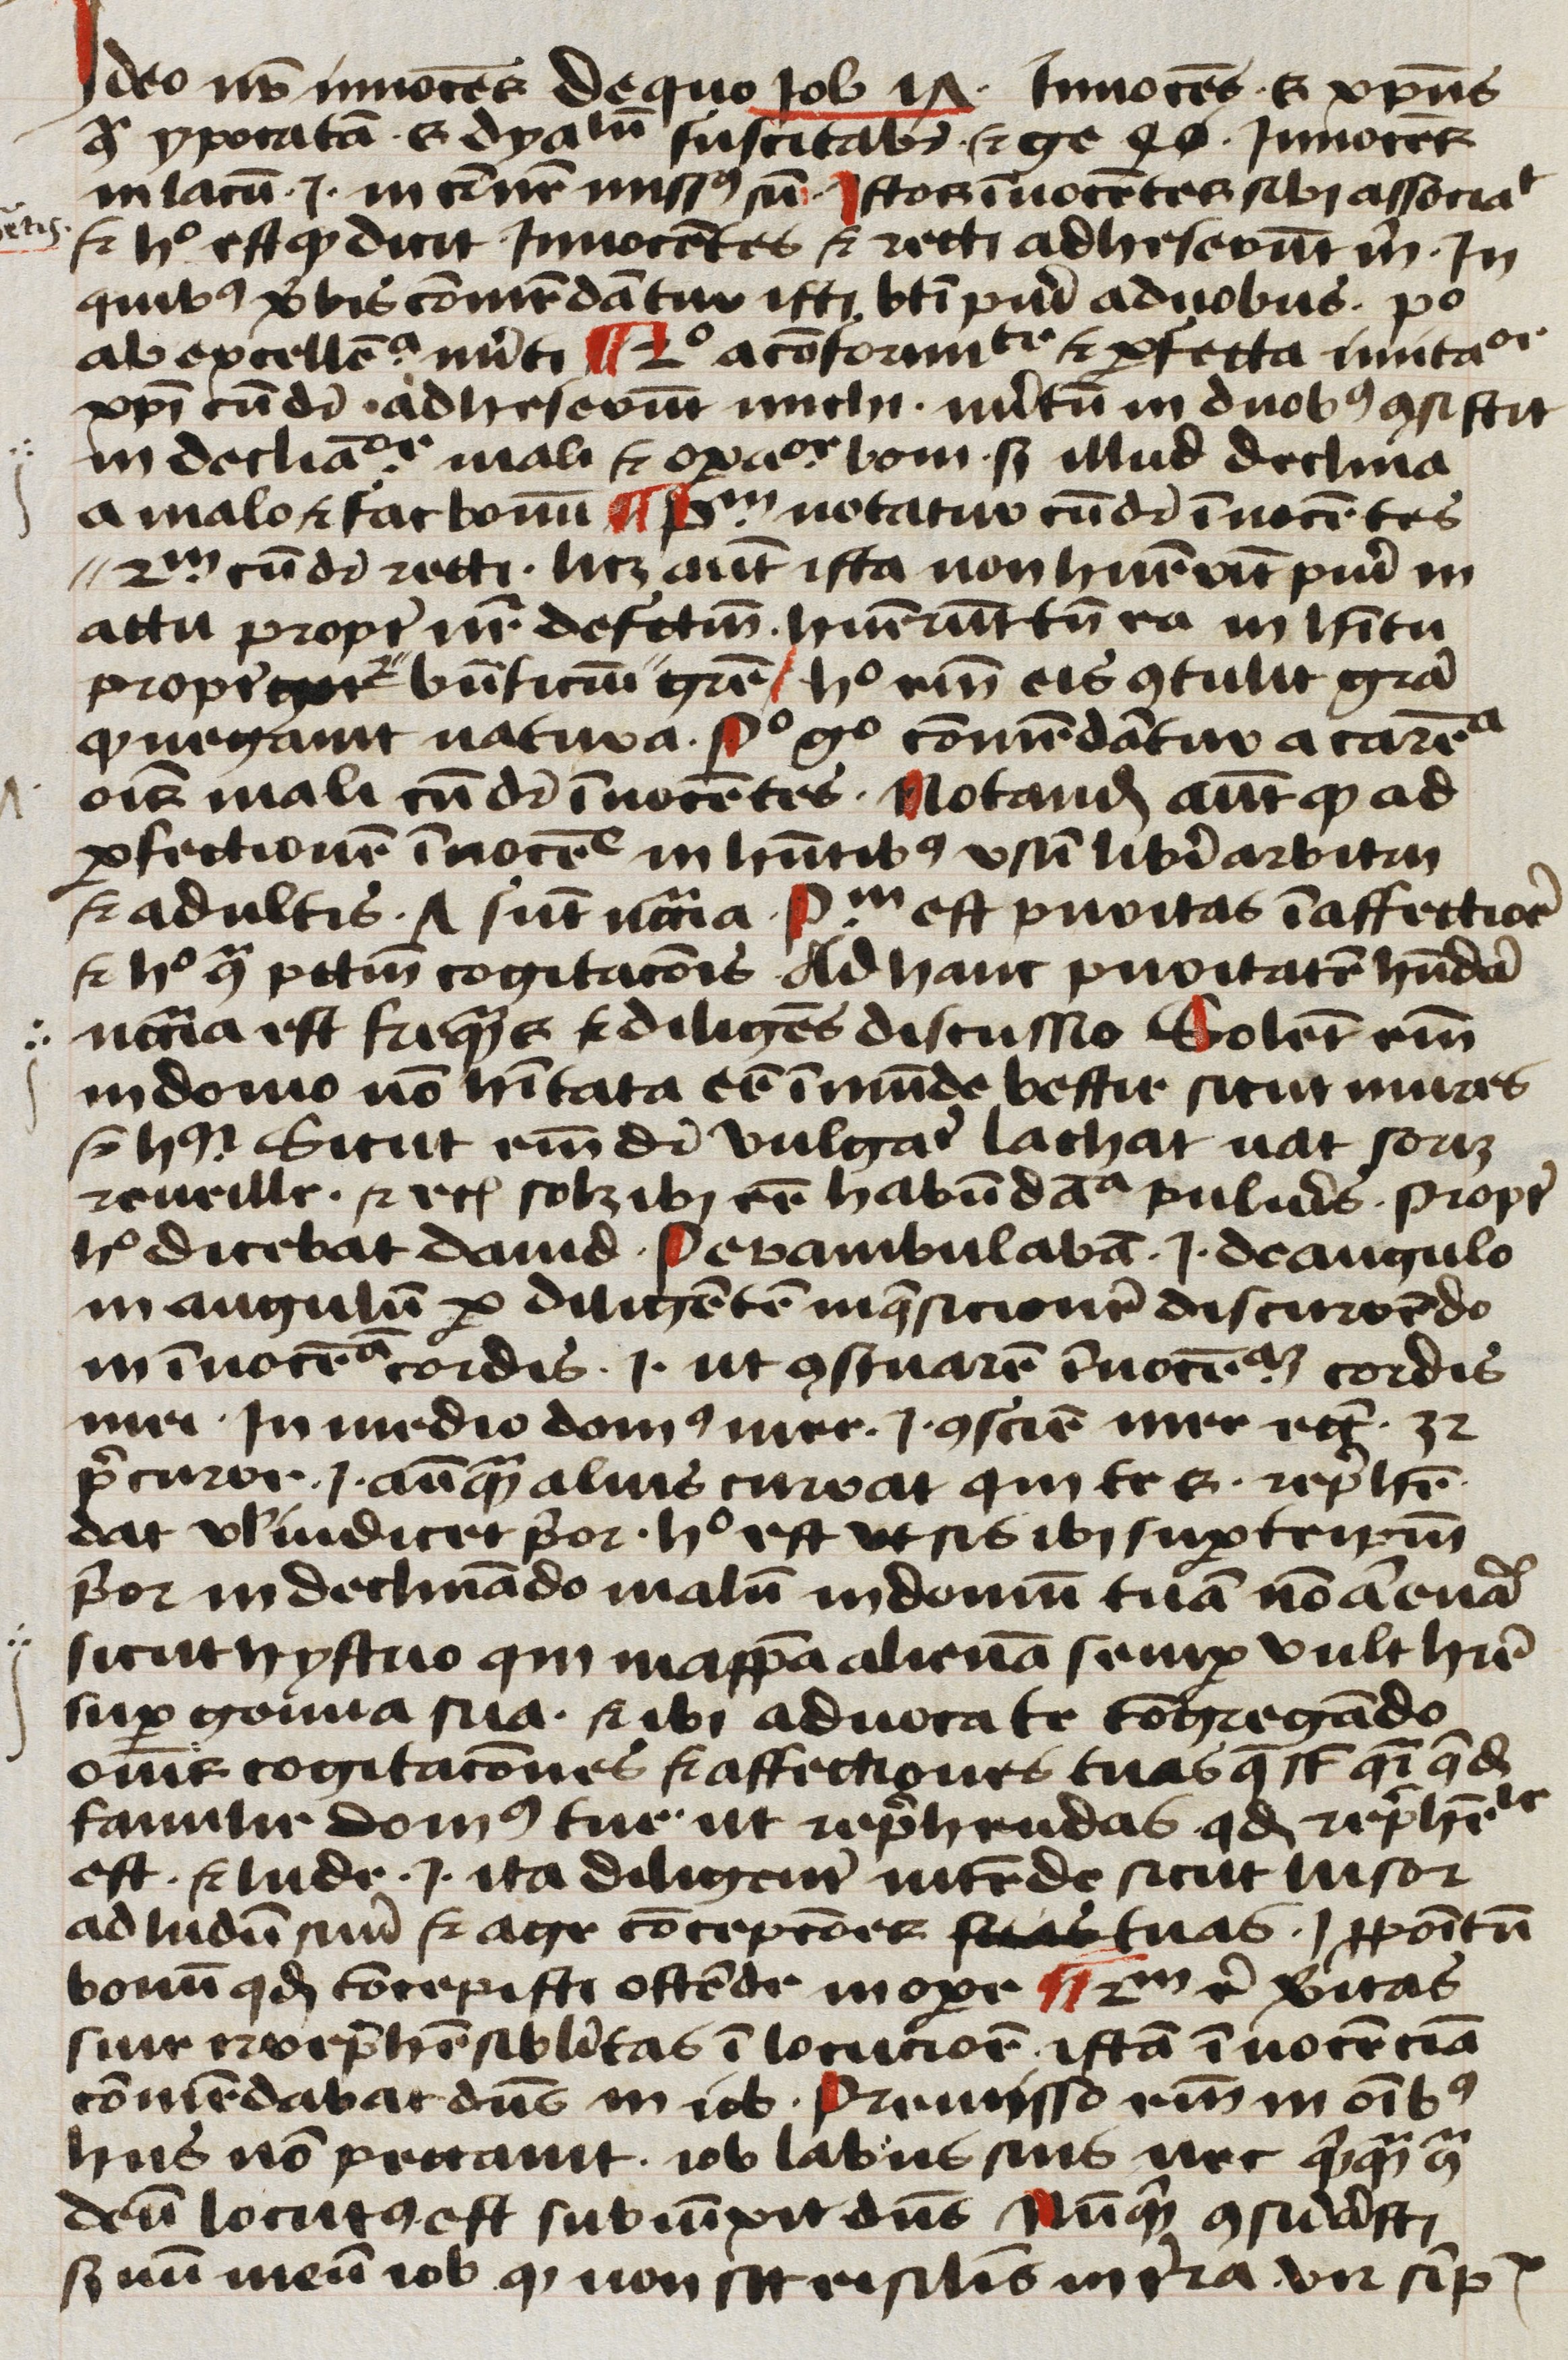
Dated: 1450–1499